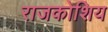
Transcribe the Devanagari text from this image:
राजकोशिय